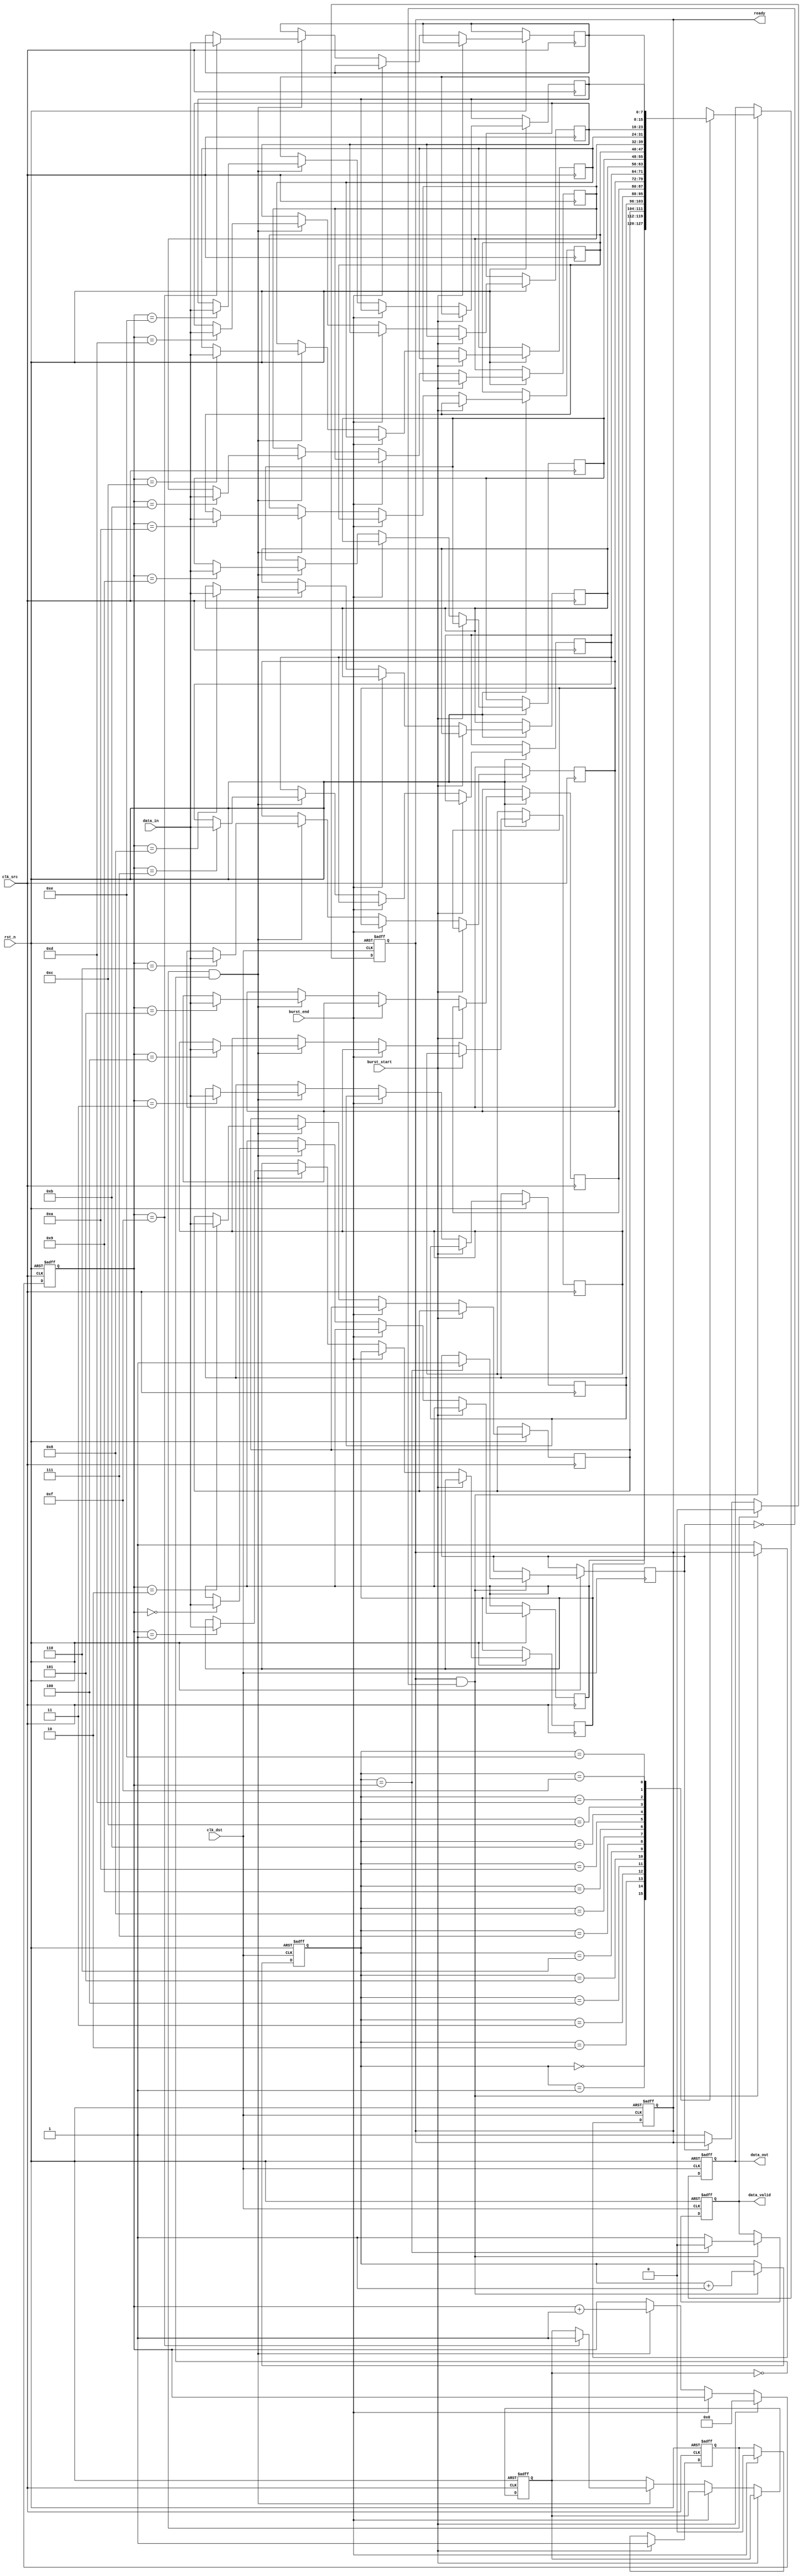
module burst_mode_synchronizer #(
    parameter DATA_WIDTH = 8,
    parameter FIFO_DEPTH = 16
)(
    input wire clk_src,                // Source clock
    input wire clk_dst,                // Destination clock
    input wire rst_n,                  // Asynchronous reset (active low)
    input wire [DATA_WIDTH-1:0] data_in, // Data input from source clock domain
    input wire burst_start,            // Signal to indicate the start of a burst
    input wire burst_end,              // Signal to indicate the end of a burst
    output reg [DATA_WIDTH-1:0] data_out, // Synchronized data output to destination clock domain
    output reg data_valid,             // Signal to indicate valid data output
    output reg ready                   // Handshake signal to indicate readiness to receive data
);

// FIFO buffer signals
reg [DATA_WIDTH-1:0] fifo [0:FIFO_DEPTH-1];
reg [3:0] write_ptr, read_ptr;
reg fifo_full, fifo_empty;

// Synchronization registers
reg [DATA_WIDTH-1:0] sync_data_1, sync_data_2;
reg burst_active;

// Asynchronous reset logic
always @(posedge clk_src or negedge rst_n) begin
    if (!rst_n) begin
        write_ptr <= 0;
        fifo_full <= 0;
        burst_active <= 0;
    end else if (burst_start) begin
        burst_active <= 1;
        write_ptr <= 0; // Reset write pointer at the start of a burst
    end else if (burst_end) begin
        burst_active <= 0;
    end else if (burst_active && !fifo_full) begin
        fifo[write_ptr] <= data_in; // Write data to FIFO
        write_ptr <= write_ptr + 1;
        if (write_ptr == FIFO_DEPTH - 1) begin
            fifo_full <= 1; // FIFO is full
        end
    end
end

// Read logic for destination clock domain
always @(posedge clk_dst or negedge rst_n) begin
    if (!rst_n) begin
        read_ptr <= 0;
        data_out <= 0;
        data_valid <= 0;
        ready <= 1; // Initially ready to receive
    end else if (ready && !fifo_empty) begin
        data_out <= fifo[read_ptr]; // Read data from FIFO
        data_valid <= 1; // Indicate valid data output
        read_ptr <= read_ptr + 1;
        if (read_ptr == write_ptr) begin
            fifo_empty <= 1; // FIFO is empty
            data_valid <= 0; // No valid data
        end
    end else if (!ready) begin
        ready <= 1; // Set ready when destination is ready to receive
    end
end

// Synchronization of data using dual flip-flops
always @(posedge clk_src or negedge rst_n) begin
    if (!rst_n) begin
        sync_data_1 <= 0;
        sync_data_2 <= 0;
    end else begin
        sync_data_1 <= data_in; // First flip-flop
        sync_data_2 <= sync_data_1; // Second flip-flop for metastability
    end
end

// Handshaking logic
always @(posedge clk_dst or negedge rst_n) begin
    if (!rst_n) begin
        ready <= 1; // Initially ready
    end else if (data_valid) begin
        ready <= 0; // Not ready while processing data
    end else if (!fifo_empty) begin
        ready <= 1; // Ready to receive new data
    end
end

endmodule